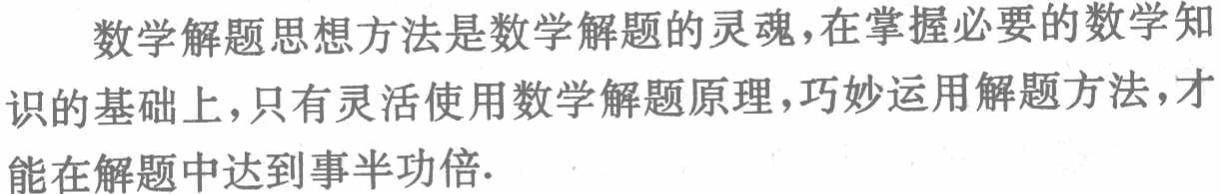
数学解题思想方法是数学解题的灵魂，在掌握必要的数学知识的基础上，只有灵活使用数学解题原理，巧妙运用解题方法，才能在解题中达到事半功倍.